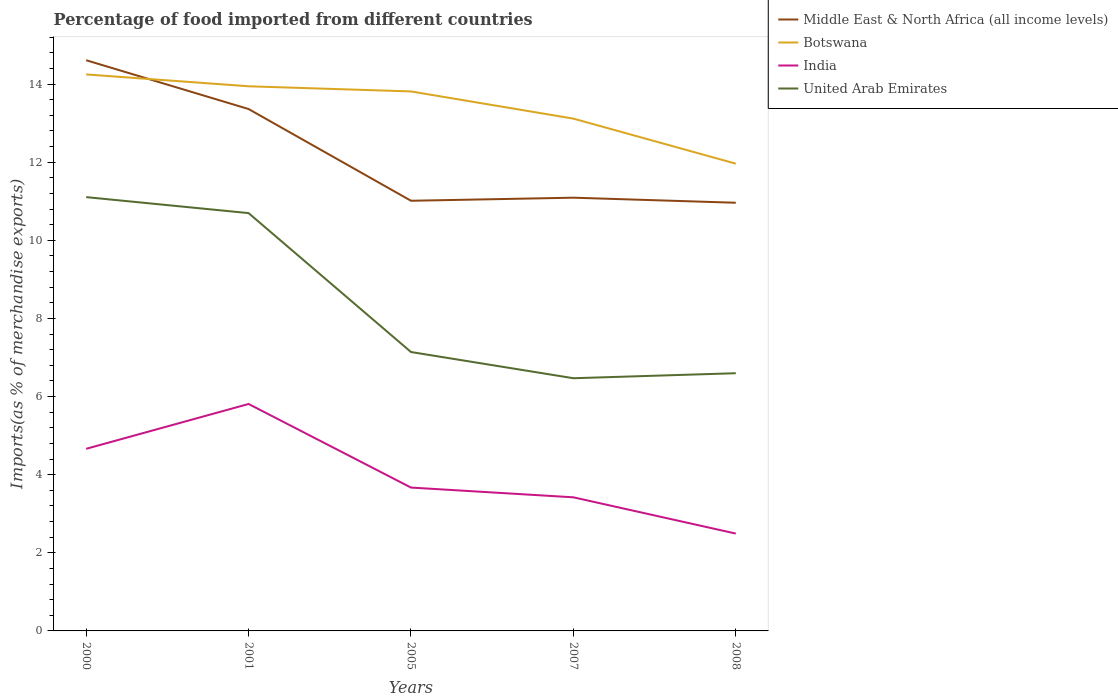
| Years | Middle East & North Africa (all income levels) | Botswana | India | United Arab Emirates |
 | --- | --- | --- | --- | --- |
 | 2000 | 14.6 | 14.2 | 4.66 | 11.1 |
 | 2001 | 13.4 | 13.9 | 5.81 | 10.7 |
 | 2005 | 11 | 13.8 | 3.67 | 7.14 |
 | 2007 | 11.1 | 13.1 | 3.42 | 6.47 |
 | 2008 | 11 | 12 | 2.49 | 6.6 |